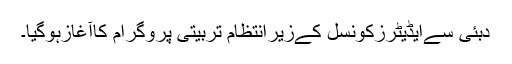
دبئی سےایڈیٹرزکونسل کےزیرانتظام تربیتی پروگرام کاآغازہوگیا۔